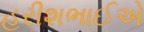
હરીશભાઈએ